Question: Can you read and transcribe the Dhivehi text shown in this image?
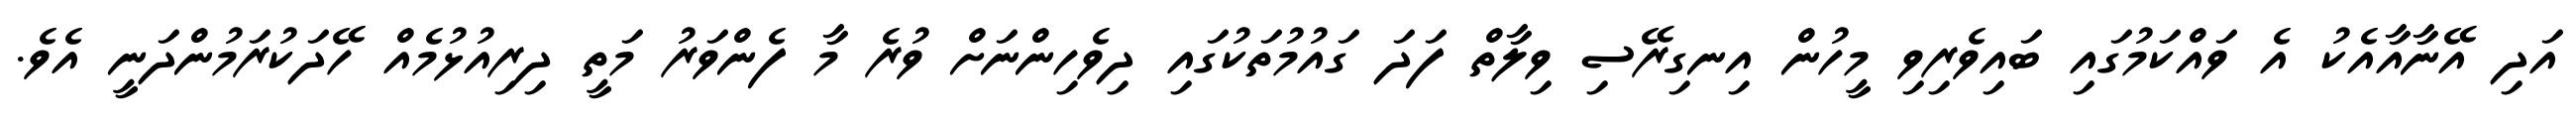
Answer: އަދި އޭނާއާއެކު އެ ވައްކަމުގައި ބައިވެރިވި މީހުން އިނގިރޭސި ވިލާތް ފަދަ ގައުމުތަކުގައި ދިވެހިންނަށް ވުރެ މާ ފެންވަރު މަތީ ދިރިއުޅުމެއް ހޭދަކުރަމުންދަނީ އެވެ.